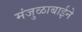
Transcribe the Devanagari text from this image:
मंजुळाबाईने